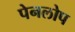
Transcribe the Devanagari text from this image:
पेनलोप